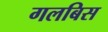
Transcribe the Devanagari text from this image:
गलबिस